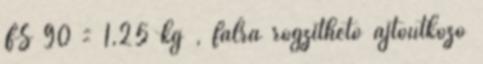
FS 90 = 1,25 kg , falra rögzíthető ajtóütköző